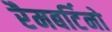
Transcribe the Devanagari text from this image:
रैमबर्टिनो